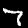
Label: 7